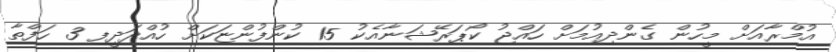
އުމްރާއަށް މީހުން ގެންދިއުމަށް ހައްޖު ކޯޕަރޭޝަނާއެކު 15 ކުންފުންޏަކަށް ހުއްދަދީފި 3 ހަފްތާ